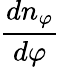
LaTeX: {\frac{dn_{\varphi}}{d\varphi}}